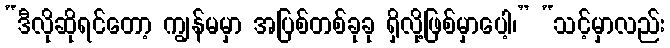
“ဒီလိုဆိုရင်တော့ ကျွန်မမှာ အပြစ်တစ်ခုခု ရှိလို့ဖြစ်မှာပေါ့၊” “သင့်မှာလည်း